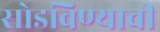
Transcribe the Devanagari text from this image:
सोडविण्याची